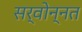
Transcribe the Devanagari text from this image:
सर्वोन्नत